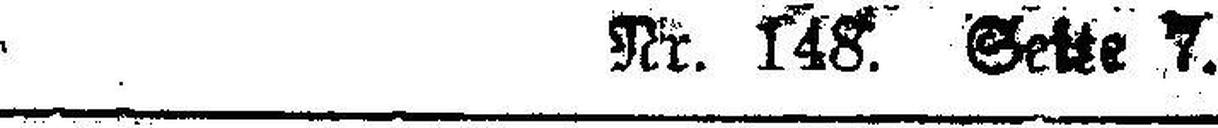
Nr. 148. Seite 7.